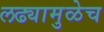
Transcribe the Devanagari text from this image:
लढ्यामुळेच